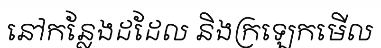
នៅកន្លែងដដែល និងក្រឡេកមើល